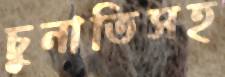
চুনাতিসহ